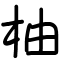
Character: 柚